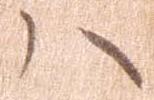
ハ